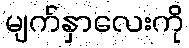
မျက်နှာလေးကို